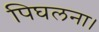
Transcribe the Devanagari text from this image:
पिघलना।